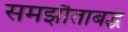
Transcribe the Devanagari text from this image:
समझौताबद्ध